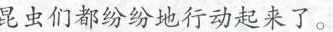
昆虫们都纷纷地行动起来了。